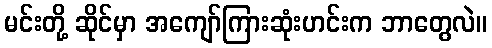
မင်းတို့ ဆိုင်မှာ အကျော်ကြားဆုံးဟင်းက ဘာတွေလဲ။